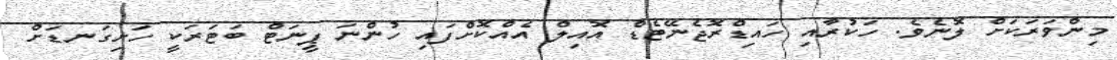
މިންވަރަކަށް ލޮނެވެ. ހަކުރާއި ހައިޑްރޮޖެނޭޓެޑް އޮއިލް އެއްކޮށްފައި ހުންނަ ޕީނަޓް ބަޓަރަކީ ހަށިގަނޑަށް